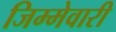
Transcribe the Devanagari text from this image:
जिम्‍मेवारी